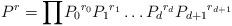
LaTeX: \begin{align*}P^r={\prod}{P_{0}}^{r_{0}}{P_{1}}^{r_{1}}\ldots{P_{d}}^{r_{d}}{P_{d+1}}^{r_{d+1}}\end{align*}